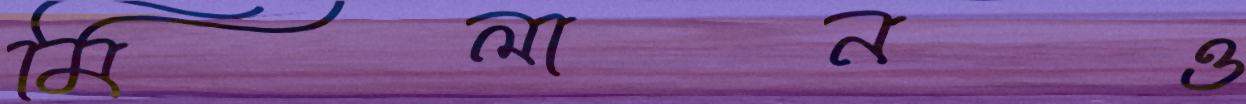
মিলানও